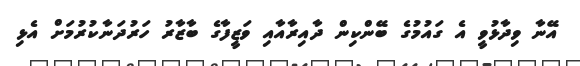
އޭނާ ވިދާޅުވީ އެ ގައުމުގެ ބޭންކިން ދާއިރާއާއި ވަޒީފާގެ ބާޒާރު ހަރުދަނާކުރުމަށް އެޅި